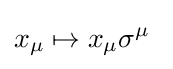
x_{\mu }\mapsto x_{\mu }\sigma ^{\mu }\